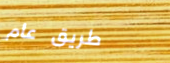
طريق عام